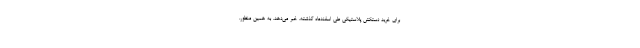
برای خرید دستکش پلاستیکی طی اسفندماه گذشته، خبر می‌دهد. به همین منظور،